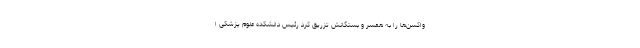
واکسن‌ها را به همسر و بستگانش تزریق کرد رئیس دانشکده علوم پزشکی ا